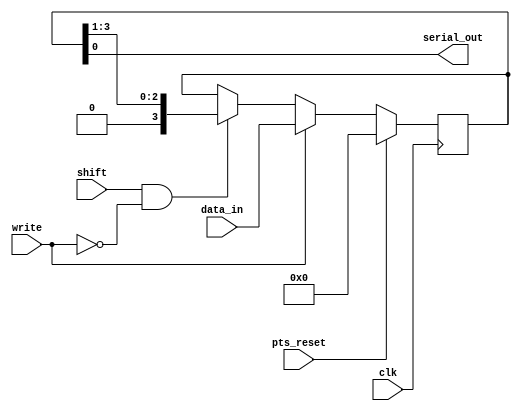
module parallel_to_serial
(
	input clk,
	input pts_reset,
	input write,
	input shift,
	input [3:0] data_in,
	output serial_out
);

reg [3:0] data;
	
always @(posedge clk)
begin
	 if( pts_reset ==1)
			data <= 0;
	 else if( write == 1)
	 begin
			data <= data_in;
	 end
	 else if( shift == 1 && write == 0 )//do shift right
			data<={ 1'b0 , data[3:1]};
end
	
assign serial_out = data[0];
endmodule